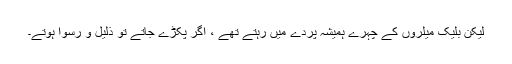
لیکن بلیک میلروں کے چہرے ہمیشہ پردے میں رہتے تھے ، اگر پکڑے جاتے تو ذلیل و رسوا ہوتے۔